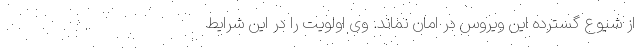
از شیوع گسترده این ویروس در امان نماند. وی اولویت را در این شرایط